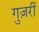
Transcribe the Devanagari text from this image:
गुज़रीं